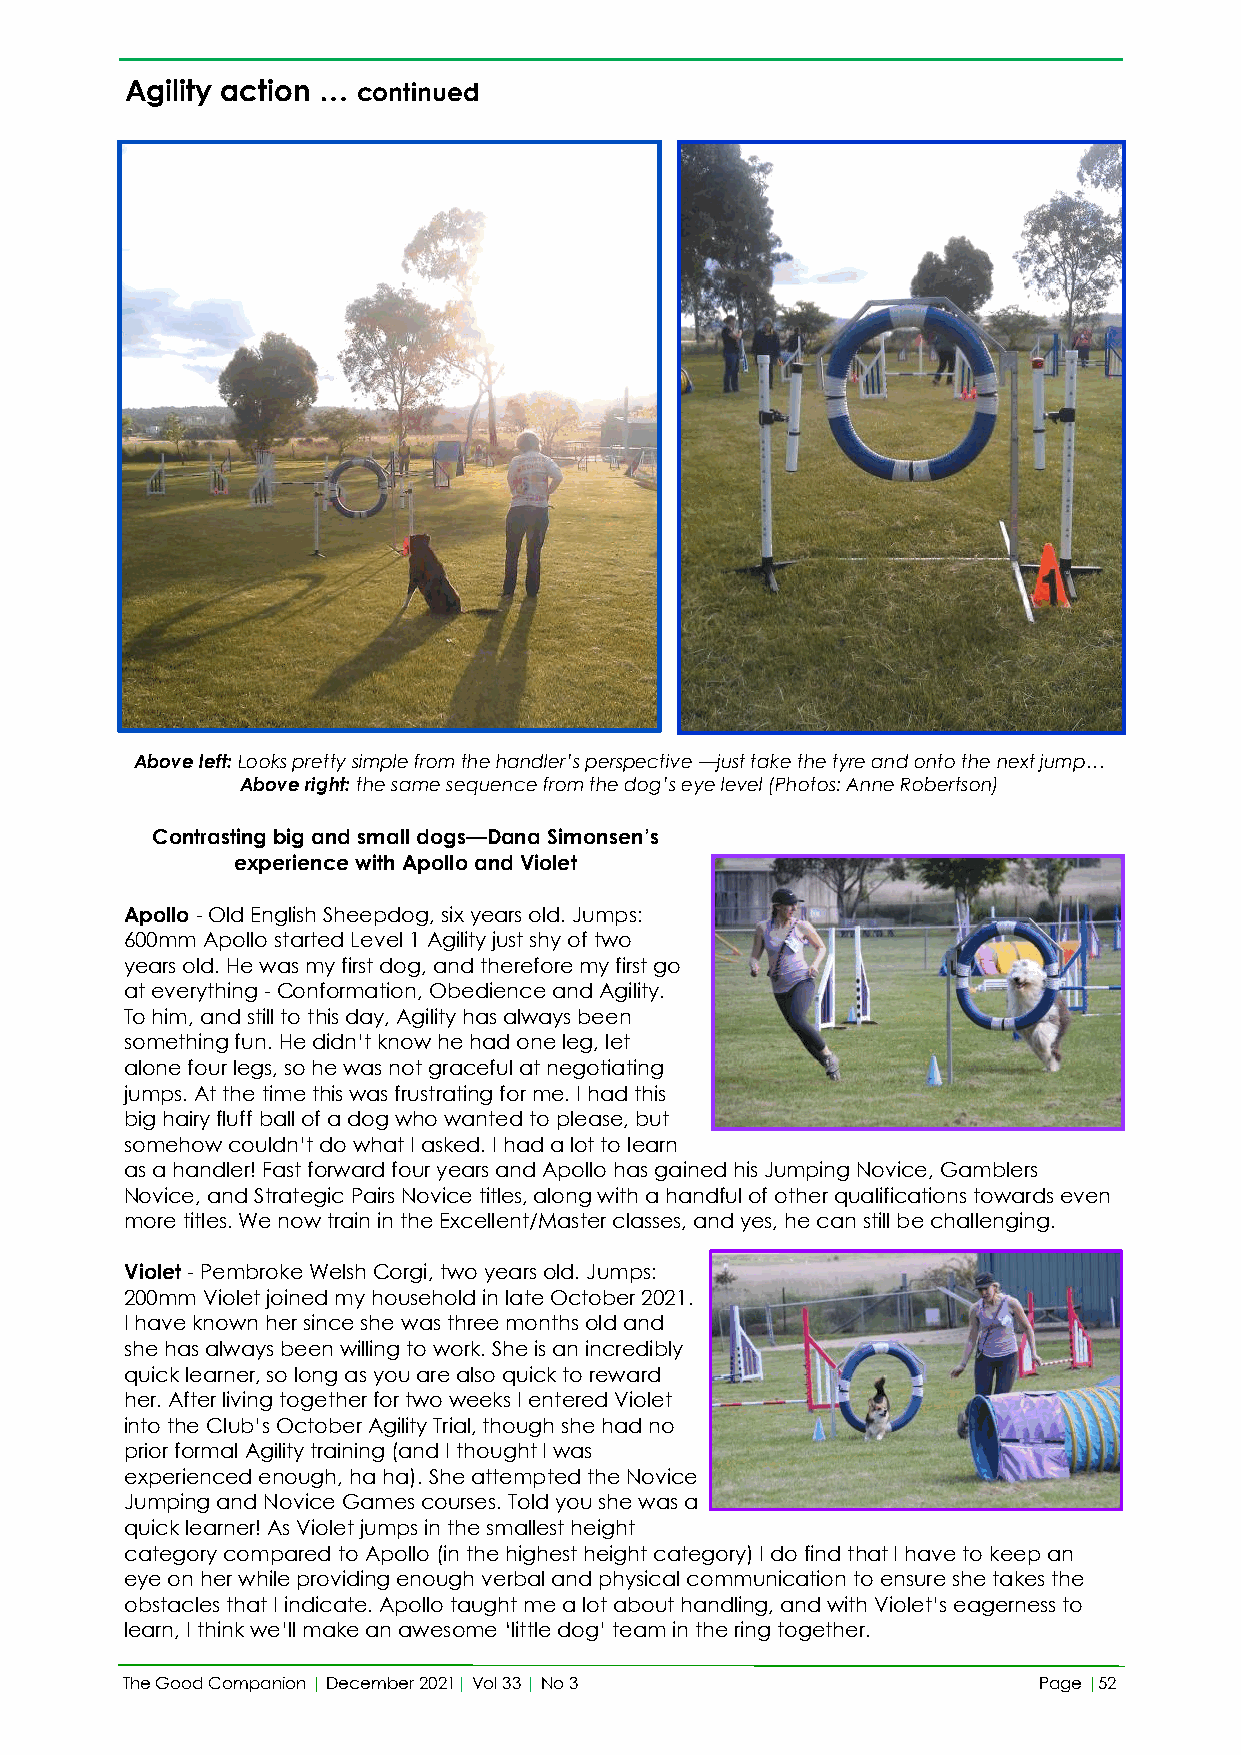
Agility action … continued
 Above left: Looks pretty simple from the handler’s perspective —just take the tyre and onto the next jump…
 Above right: the same sequence from the dog’s eye level (Photos: Anne Robertson)
 Contrasting big and small dogs—Dana Simonsen’s
 experience with Apollo and Violet
 Apollo - Old English Sheepdog, six years old. Jumps:
 600mm Apollo started Level 1 Agility just shy of two
 years old. He was my first dog, and therefore my first go
 at everything - Conformation, Obedience and Agility.
 To him, and still to this day, Agility has always been
 something fun. He didn’t know he had one leg, let
 alone four legs, so he was not graceful at negotiating
 jumps. At the time this was frustrating for me. I had this
 big hairy fluff ball of a dog who wanted to please, but
 somehow couldn’t do what I asked. I had a lot to learn
 as a handler! Fast forward four years and Apollo has gained his Jumping Novice, Gamblers
 Novice, and Strategic Pairs Novice titles, along with a handful of other qualifications towards even
 more titles. We now train in the Excellent/Master classes, and yes, he can still be challenging.
 Violet - Pembroke Welsh Corgi, two years old. Jumps:
 200mm Violet joined my household in late October 2021.
 I have known her since she was three months old and
 she has always been willing to work. She is an incredibly
 quick learner, so long as you are also quick to reward
 her. After living together for two weeks I entered Violet
 into the Club’s October Agility Trial, though she had no
 prior formal Agility training (and I thought I was
 experienced enough, ha ha). She attempted the Novice
 Jumping and Novice Games courses. Told you she was a
 quick learner! As Violet jumps in the smallest height
 category compared to Apollo (in the highest height category) I do find that I have to keep an
 eye on her while providing enough verbal and physical communication to ensure she takes the
 obstacles that I indicate. Apollo taught me a lot about handling, and with Violet’s eagerness to
 learn, I think we’ll make an awesome ‘little dog’ team in the ring together.
 The Good Companion | December 2021| Vol 33 | No 3            Page |52